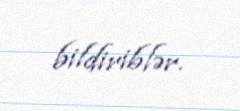
bildiriblər.